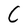
Character: C